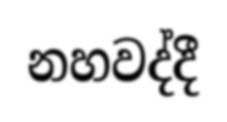
නහවද්දී